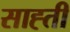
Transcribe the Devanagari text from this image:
साह्ती